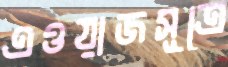
এওয়াজসূত্রে